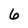
Character: 6